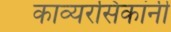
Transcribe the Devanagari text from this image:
काव्यरसिकांनी